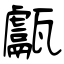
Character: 甗